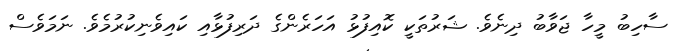
ސާހިބު މީހާ ޖަވާބު ދިނެވެ. ޝަރުތަކީ ކޮއިފުޅު އަހަރެންގެ ދަރިފުޅާއި ކައިވެނިކުރުމެވެ. ނަމަވެސް